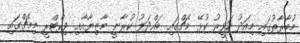
މުބާރާތުގައި މިއަދު ހަވީރު ކުޅޭ މެޗްގައި ބައްދަލު ކުރާނީ މާޒިޔާއާއި ވިކްޓްރީ މިމެޗްގައި